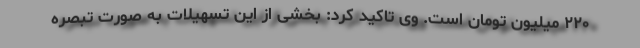
۲۲۰ میلیون تومان است. وی تاکید کرد: بخشی از این تسهیلات به صورت تبصره